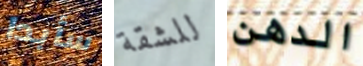
سأبدا للشقة الدهن